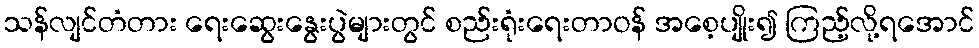
သန်လျင်တံတား ရေးဆွေးနွေးပွဲများတွင် စည်းရုံးရေးတာဝန် အစေ့ပျိုး၍ ကြည့်လို့ရအောင်